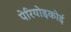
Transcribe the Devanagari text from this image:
पेरियोइकोई